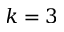
k = 3